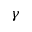
\gamma